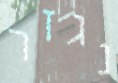
נגזר